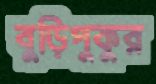
বুড়িপুকুর